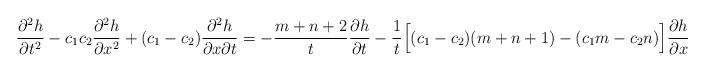
LaTeX: \begin{align*}\frac{\partial^2 h}{\partial t^2} -c_1c_2\frac{\partial^2 h}{\partial x^2} + (c_1-c_2)\frac{\partial^2 h}{\partial x\partial t} =-\frac{m+n+2}{t}\frac{\partial h}{\partial t} -\frac{1}{t}\Bigl[ (c_1-c_2)(m+n+1)-(c_1m-c_2n) \Bigr]\frac{\partial h}{\partial x} \end{align*}